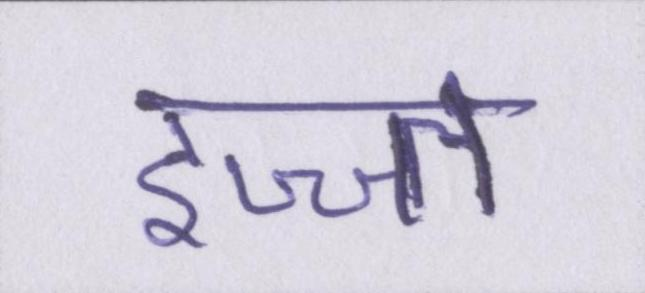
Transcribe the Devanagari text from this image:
इज्ज्त